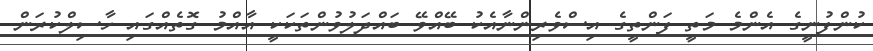
ކުންފުނީގެ އެންމެ މަތީ ފަންތީގެ އިސްވެރިންނާއެކު ބޭއްވޭ ބައްދަލުވުންތަކަކީ އާއްމު ގޮތެއްގައި ހާސިލްކުރަން